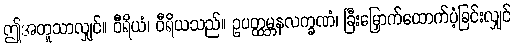
ဤအတူသာလျှင်။ ဝီရိယံ၊ ဝီရိယသည်။ ဥပတ္ထမ္ဘနလက္ခဏံ၊ ခြီးမြှောက်ထောက်ပံ့ခြင်းလျှင်